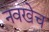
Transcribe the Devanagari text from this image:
नवखेच